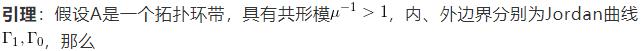
引理：假设$A$是一个拓扑环带，具有共形模$\mu^{-1}>1$，内、外边界分别为Jordan曲线$\Gamma_1,\Gamma_0$，那么